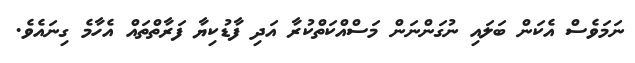
ނަމަވެސް އެކަން ބަލައި ނުގަންނަން މަސްއްކަތްކުރާ އަދި ފާޑުކިޔާ ފަރާތްތައް އެހާމެ ގިނައެވެ.